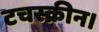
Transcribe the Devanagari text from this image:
टचस्क्रीन।